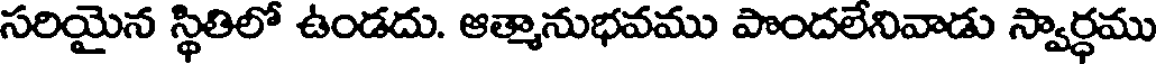
సరియైన స్థితిలో ఉండదు. ఆత్మానుభవము పొందలేనివాడు స్వార్ధము